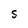
Character: S